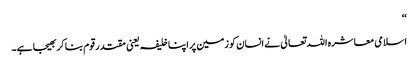
‘‘
اسلامی معاشرہ اللہ تعالیٰ نے انسان کو زمین پر اپنا خلیفہ یعنی مقتدر قوم بنا کر بھیجا ہے۔